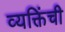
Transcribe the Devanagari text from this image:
व्यक्तिंची